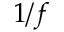
1 / f